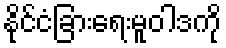
နိုင်ငံခြားရေးမူဝါဒကို